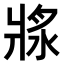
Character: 𤖅